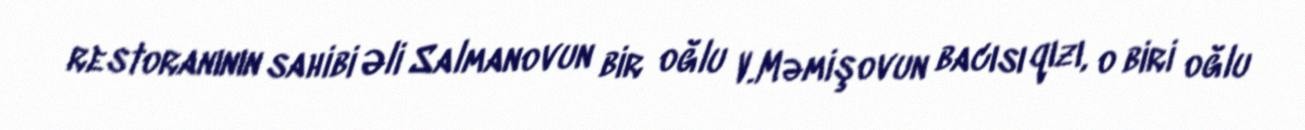
restoranının sahibi Əli Salmanovun bir oğlu V.Məmişovun bacısı qızı, o biri oğlu